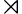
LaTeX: \rtimes